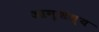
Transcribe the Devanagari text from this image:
आनृशंस्य